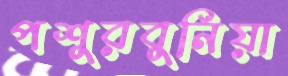
পশুরবুনিয়া